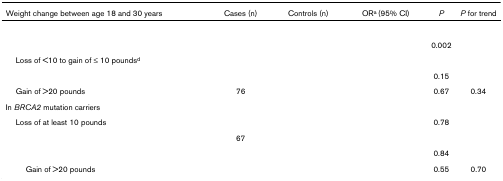
<table><thead><tr><td><b>Weight change between age 18 and 30 years</b></td><td><b>Cases (n)</b></td><td><b>Controls (n)</b></td><td><b>OR<sup>a </sup>(95% CI)</b></td><td><b><i>P</i></b></td><td><b><i>P </i>for trend</b></td></tr></thead><tbody><tr><td>[EMPTY_CELL]</td><td>[EMPTY_CELL]</td><td>[EMPTY_CELL]</td><td>[EMPTY_CELL]</td><td>[EMPTY_CELL]</td><td>[EMPTY_CELL]</td></tr><tr><td>[EMPTY_CELL]</td><td>[EMPTY_CELL]</td><td>[EMPTY_CELL]</td><td>[EMPTY_CELL]</td><td>0.002</td><td>[EMPTY_CELL]</td></tr><tr><td> Loss of &lt;10 to gain of ≤ 10 pounds<sup>d</sup></td><td>[EMPTY_CELL]</td><td>[EMPTY_CELL]</td><td>[EMPTY_CELL]</td><td>[EMPTY_CELL]</td><td>[EMPTY_CELL]</td></tr><tr><td>[EMPTY_CELL]</td><td>[EMPTY_CELL]</td><td>[EMPTY_CELL]</td><td>[EMPTY_CELL]</td><td>0.15</td><td>[EMPTY_CELL]</td></tr><tr><td> Gain of &gt;20 pounds</td><td>76</td><td>[EMPTY_CELL]</td><td>[EMPTY_CELL]</td><td>0.67</td><td>0.34</td></tr><tr><td>In <i>BRCA2 </i>mutation carriers</td><td>[EMPTY_CELL]</td><td>[EMPTY_CELL]</td><td>[EMPTY_CELL]</td><td>[EMPTY_CELL]</td><td>[EMPTY_CELL]</td></tr><tr><td> Loss of at least 10 pounds</td><td>[EMPTY_CELL]</td><td>[EMPTY_CELL]</td><td>[EMPTY_CELL]</td><td>0.78</td><td>[EMPTY_CELL]</td></tr><tr><td>[EMPTY_CELL]</td><td>67</td><td>[EMPTY_CELL]</td><td>[EMPTY_CELL]</td><td>[EMPTY_CELL]</td><td>[EMPTY_CELL]</td></tr><tr><td>[EMPTY_CELL]</td><td>[EMPTY_CELL]</td><td>[EMPTY_CELL]</td><td>[EMPTY_CELL]</td><td>0.84</td><td>[EMPTY_CELL]</td></tr><tr><td>Gain of &gt;20 pounds</td><td>[EMPTY_CELL]</td><td>[EMPTY_CELL]</td><td>[EMPTY_CELL]</td><td>0.55</td><td>0.70</td></tr></tbody></table>